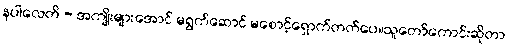
နပါလေတိ - အကျိုးများအောင် မရွက်ဆောင် မစောင့်ရှောက်တတ်ပေ။သူတော်ကောင်းဆိုတာ